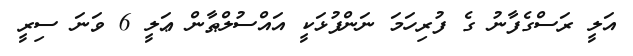
އަލީ ރަސްގެފާނު ގެ ފުރިހަމަ ނަންފުޅަކީ އައްސުލްޠާން ޢަލީ 6 ވަނަ ސިރީ